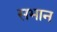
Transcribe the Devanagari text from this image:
सभान